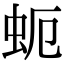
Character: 蚅